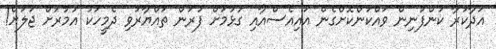
އަދާކުރާ ކުންފުނިން ވައްކަންކޮށްގެން އައިއެސްއާއި ގުޅުމަށް ފުރަން ތައްޔާރުވި ދެމީހަކު އުމުރަށް ޖަލަށް!